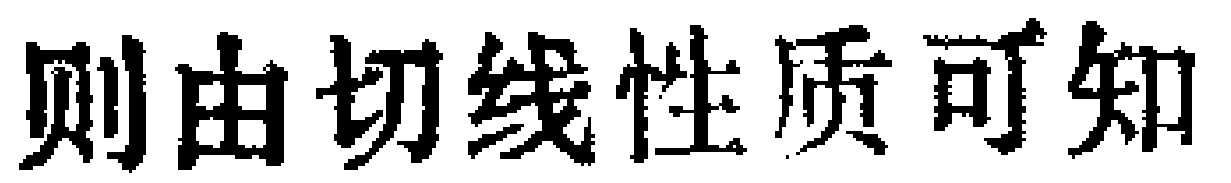
则由切线性质可知